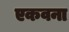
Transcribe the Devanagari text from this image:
एकवना